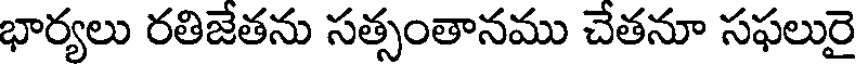
భార్యలు రతిజేతను సత్సంతానము చేతనూ సఫలురై